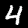
Label: 4